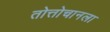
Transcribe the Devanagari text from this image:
तोत्तोचानला